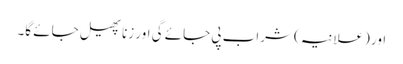
اور (علانیہ) شراب پی جائے گی اور زنا پھیل جائے گا۔